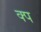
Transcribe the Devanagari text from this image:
क्प